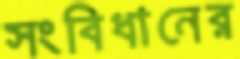
সংবিধানের